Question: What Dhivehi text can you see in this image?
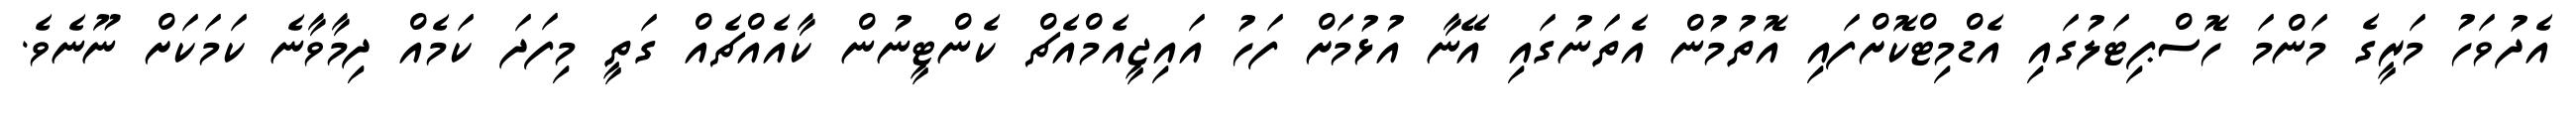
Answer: އެދުވަހު މަރީގެ މަންމަ ހޮސްޕިޓަލުގައި އެޑްމިޓްކޮށްފައި އޮތުމުން އެތަނުގައި އޭނާ އުޅުމަށް ފަހު އައިޖީއެމްއެޗް ކެންޓީނުން ކާއެއްޗެއް ގަތީ މިފަދަ ކަމެއް ދިމާވާނެ ކަމަކަށް ނޫނެވެ.